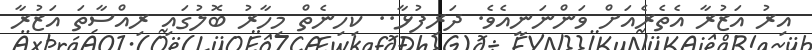
އިރު އަޒުރާ އެތެރެއަށް ވަންނަނީއެވެ. ދަރިފުޅާ.. ކިހިނެތް މިހާރު ބޮލުގައި ރިއްސާތަ އަޒުރާ